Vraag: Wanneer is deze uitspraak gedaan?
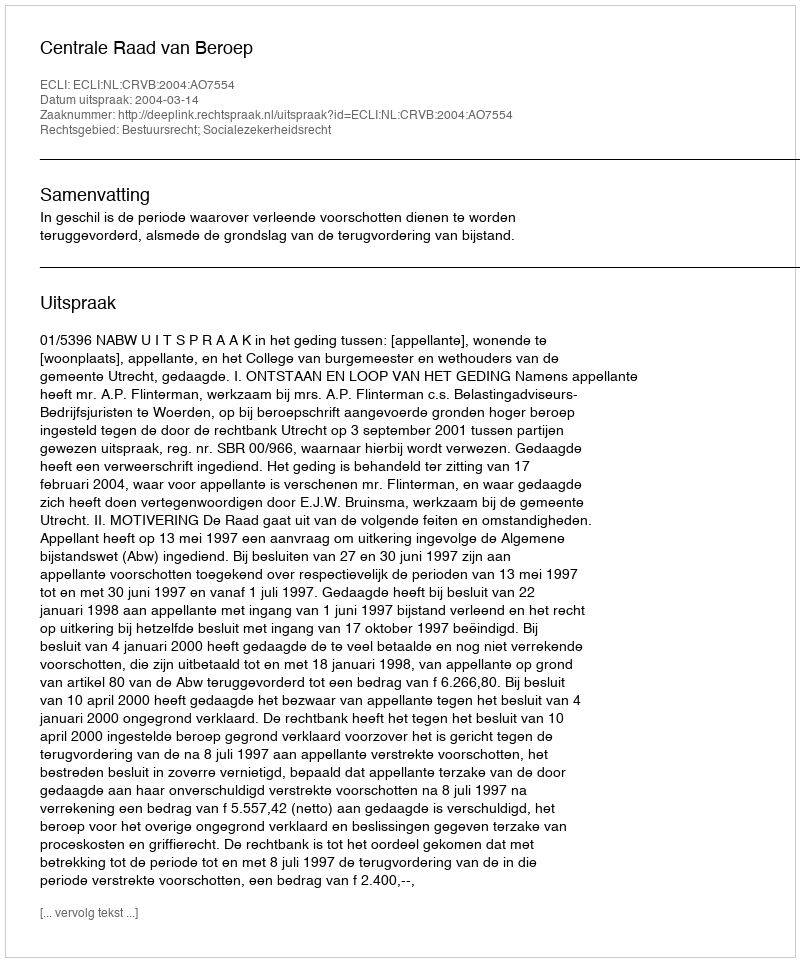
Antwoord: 2004-03-14